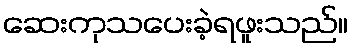
ဆေးကုသပေးခဲ့ရဖူးသည်။